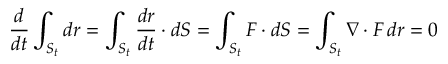
{ \frac { d } { d t } } \int _ { S _ { t } } d { \boldsymbol { r } } = \int _ { S _ { t } } { \frac { d { \boldsymbol { r } } } { d t } } \cdot d { \boldsymbol { S } } = \int _ { S _ { t } } { \boldsymbol { F } } \cdot d { \boldsymbol { S } } = \int _ { S _ { t } } \nabla \cdot { \boldsymbol { F } } \, d { \boldsymbol { r } } = 0